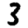
Digit: 3